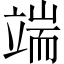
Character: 端